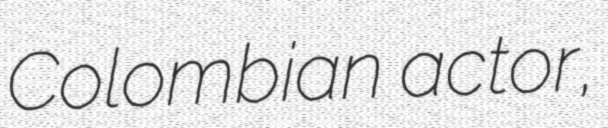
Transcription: Colombian actor,